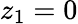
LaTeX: z_{1}=0